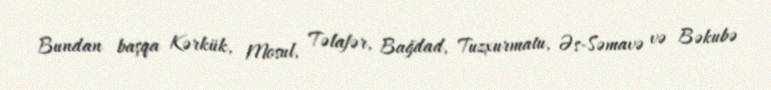
Bundan başqa Kərkük, Mosul, Təlafər, Bağdad, Tuzxurmatu, Əs-Səmavə və Bəkubə